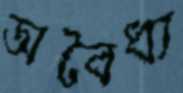
অবৈধ্য